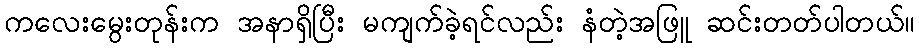
ကလေးမွေးတုန်းက အနာရှိပြီး မကျက်ခဲ့ရင်လည်း နံတဲ့အဖြူ ဆင်းတတ်ပါတယ်။